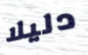
دليلا